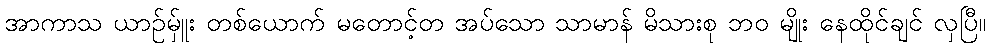
အာကာသ ယာဉ်မ်ှူး တစ်ယောက် မတောင့်တ အပ်သော သာမာန် မိသားစု ဘဝ မျိုး နေထိုင်ချင် လှပြီ။